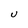
Character: U